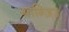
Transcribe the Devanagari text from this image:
गांग्ज़िउ